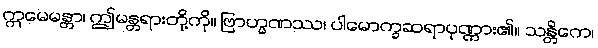
ဣမေမန္တာ၊ ဤမန္တရားတို့ကို။ ဗြာဟ္မဏဿ၊ ပါမောက္ခဆရာပုဏ္ဏား၏။ သန္တိကေ၊